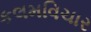
કલમવિચાર